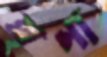
ঘৃণা